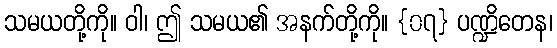
သမယတို့ကို။ ဝါ၊ ဤ သမယ၏ အနက်တို့ကို။ {၀၇} ပဏ္ဍိတေန၊